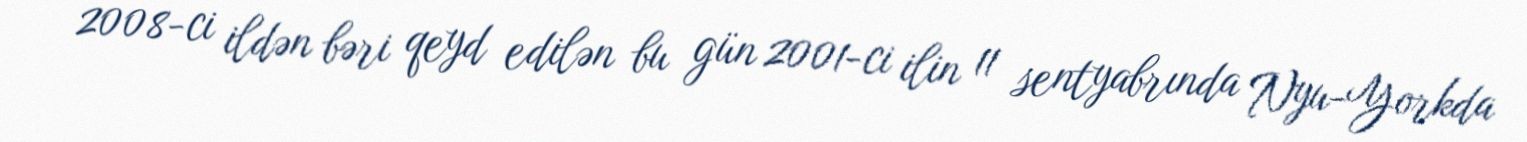
2008-ci ildən bəri qeyd edilən bu gün 2001-ci ilin 11 sentyabrında Nyu-Yorkda